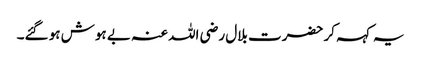
یہ کہہ کر حضرت بلال رضی اللہ عنہ بے ہوش ہو گئے۔